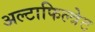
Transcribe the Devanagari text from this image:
अल्टाफिल्त्रेट